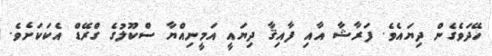
ހޭދަވެގެން ދިޔައެވެ. ފަރާޝާ އާއި ފާއިޤާ ދިޔައީ އަމީނިއްޔާ ސްކޫލުގެ ގްރޭޑް އެކަކަށެވެ.